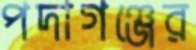
পদাগঞ্জের